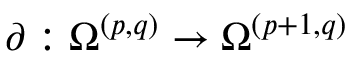
\partial : \Omega ^ { ( p , q ) } \to \Omega ^ { ( p + 1 , q ) }